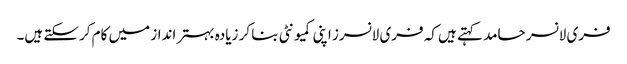
فری لانسر حامد کہتے ہیں کہ فری لانسرز اپنی کمیونٹی بنا کر زیادہ بہتر انداز میں کام کرسکتے ہیں۔